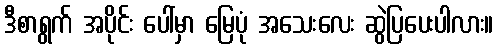
ဒီစာရွက် အပိုင်း ပေါ်မှာ မြေပုံ အသေးလေး ဆွဲပြပေးပါလား။